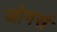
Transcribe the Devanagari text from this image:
जोगर्स